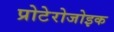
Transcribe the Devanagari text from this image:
प्रोटेरोजोइक